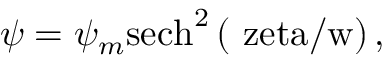
\psi = \psi _ { m } \mathrm { { s e c h } ^ { 2 } \left( \ z e t a / w \right) , }